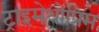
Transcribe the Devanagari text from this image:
ट्राइमेथोप्रिम